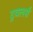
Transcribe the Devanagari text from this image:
ट्रवलर्स